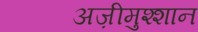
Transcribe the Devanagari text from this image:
अज़ीमुश्शान